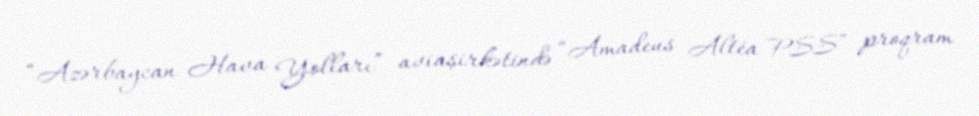
“Azərbaycan Hava Yolları” aviaşirkətində “Amadeus Altéa PSS” proqram